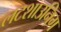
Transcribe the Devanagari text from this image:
लटशाउनिग